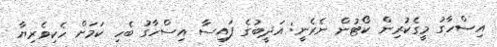
އިސްހާގު މީގެކުރިން ކޯޓުން ނެރެނީ: އަދީބުގެ ފައިސާ އިސްހާގު ބެހި ކަމަަށް ހެކިވެރިޔާ